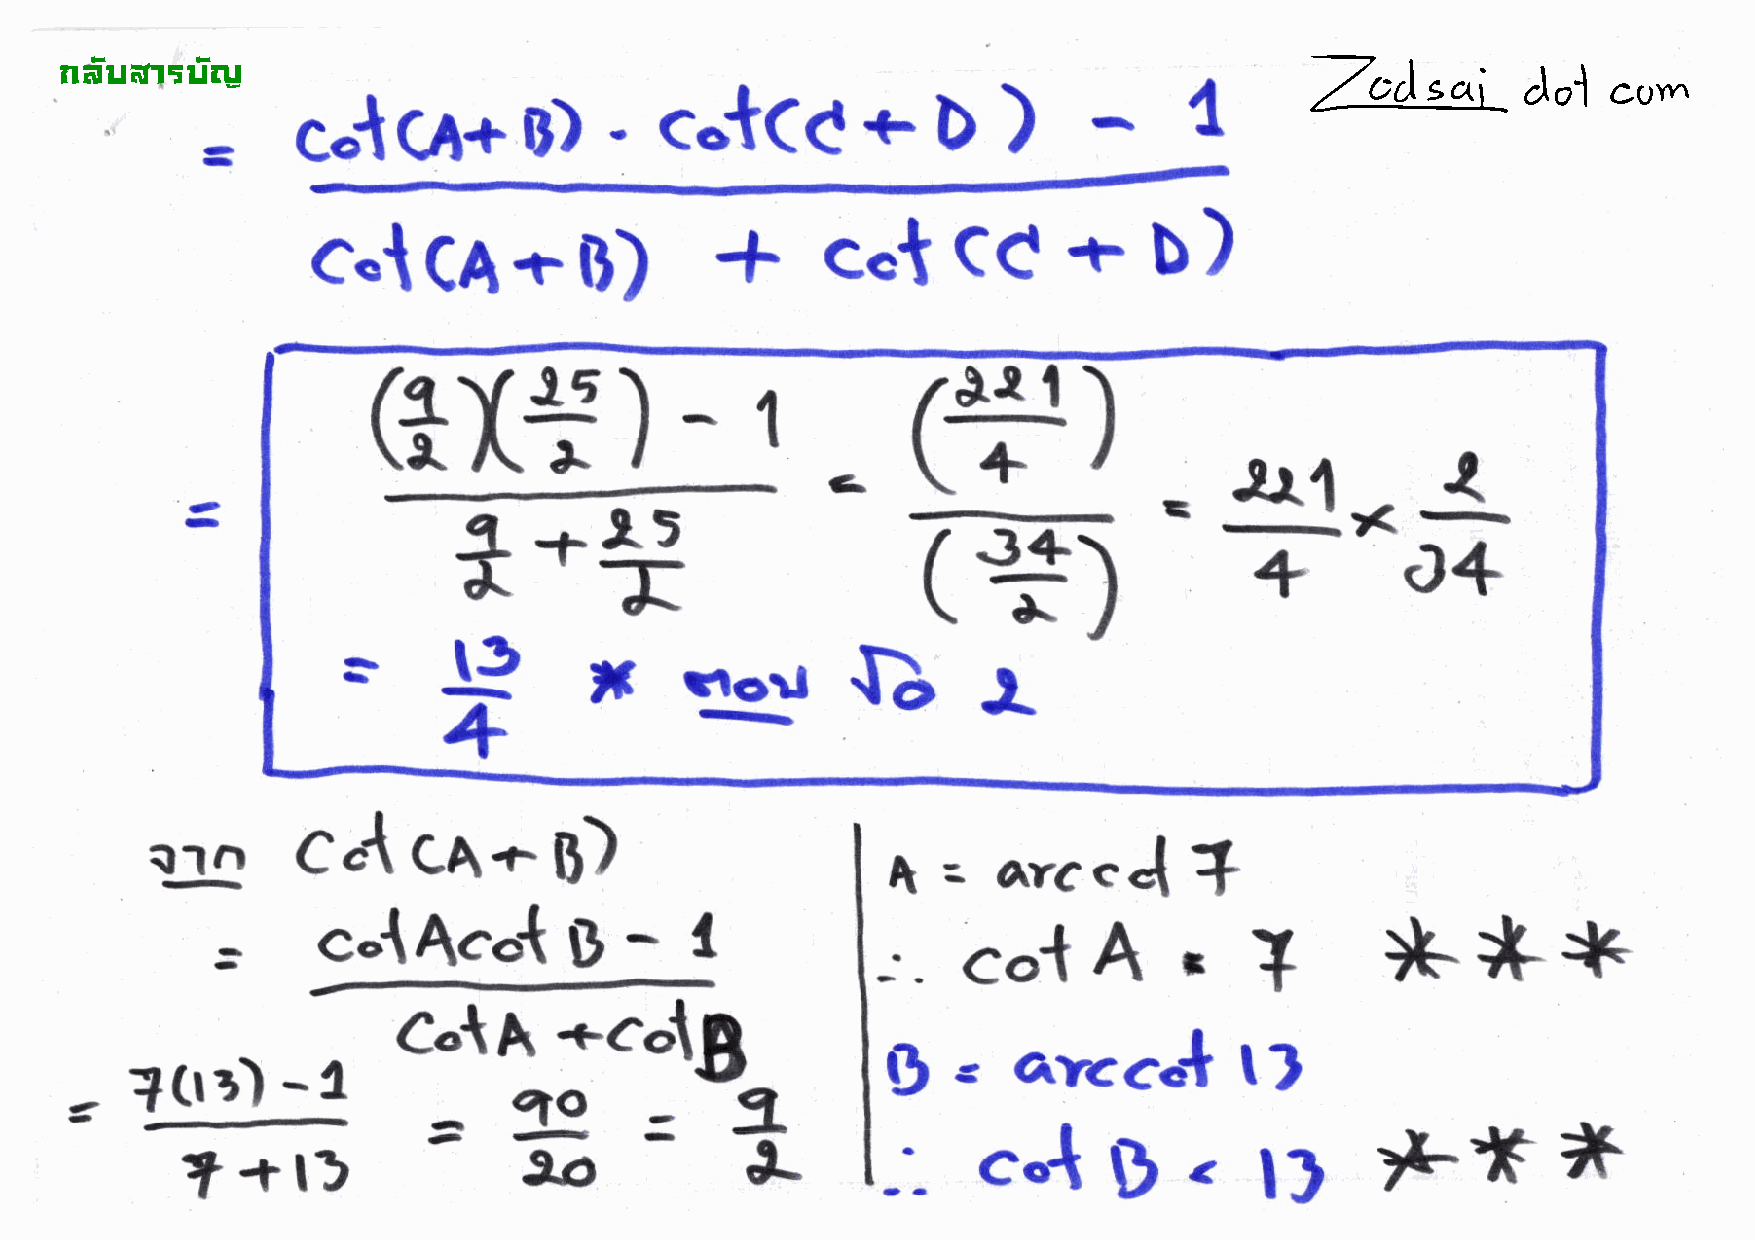
t
 !"#$%&'$#(
 -
 co{cA+B)'cot(c+D)
 +
 cctcc+D)
 c.{CA+B)
 (lxf
 -1             et)
 )
 t*t                                                31*{
 B
 +o+
 (*)
 =t9                              {}l
 tf
 6o.rl
 _+
 ca-
 cet                                    t
 Q'ln                       B)                           arc".{       T
 =
 -    I                                             )t-*+
 g
 c.{Acot
 T
 +col!
 C.tA                                 .                  r]
 r      =g=i                           $       ar<cel
 T(tr)     -
 g     .                       *
 c-t               l)
 ?+t)                                          --
 'L*